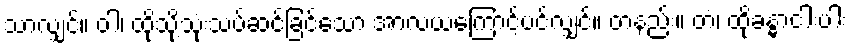
သာလျှင်။ ဝါ၊ ထိုသို့သုံးသပ်ဆင်ခြင်သော အာလယကြောင့်ပင်လျှင်။ တနည်း။ တံ၊ ထိုခန္ဓာငါးပါး